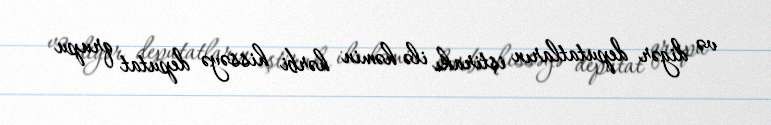
və digər deputatların iştirakı ilə həmin hərbi hissəyə deputat qrupu